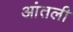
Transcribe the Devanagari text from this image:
आंतली